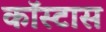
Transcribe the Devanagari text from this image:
कॉस्टास